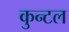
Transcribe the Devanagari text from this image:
कुन्टल